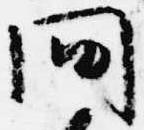
問